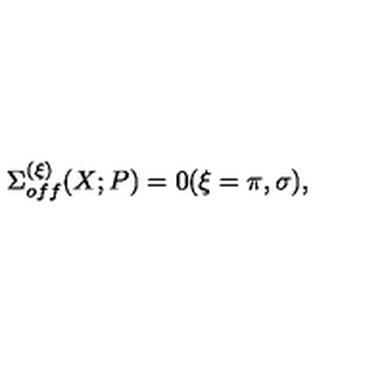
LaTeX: \Sigma _ { o f f } ^ { ( \xi ) } ( X ; P ) = 0 ( \xi = \pi , \sigma ) ,